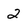
Character: 2